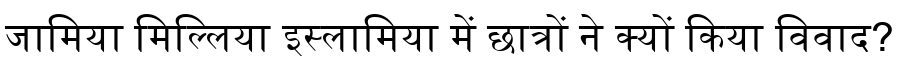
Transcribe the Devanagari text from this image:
जामिया मिल्लिया इस्लामिया में छात्रों ने क्यों किया विवाद?